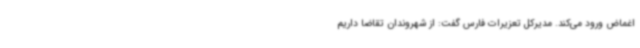
اغماض ورود می‌کند. مدیرکل تعزیرات فارس گفت: از شهروندان تقاضا داریم